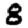
Digit: 8